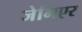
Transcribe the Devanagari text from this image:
जेभिएर